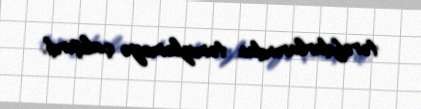
tərəfdarlarından təmizləməyə çalışırdı.